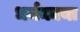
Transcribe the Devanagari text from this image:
धर्मकाया